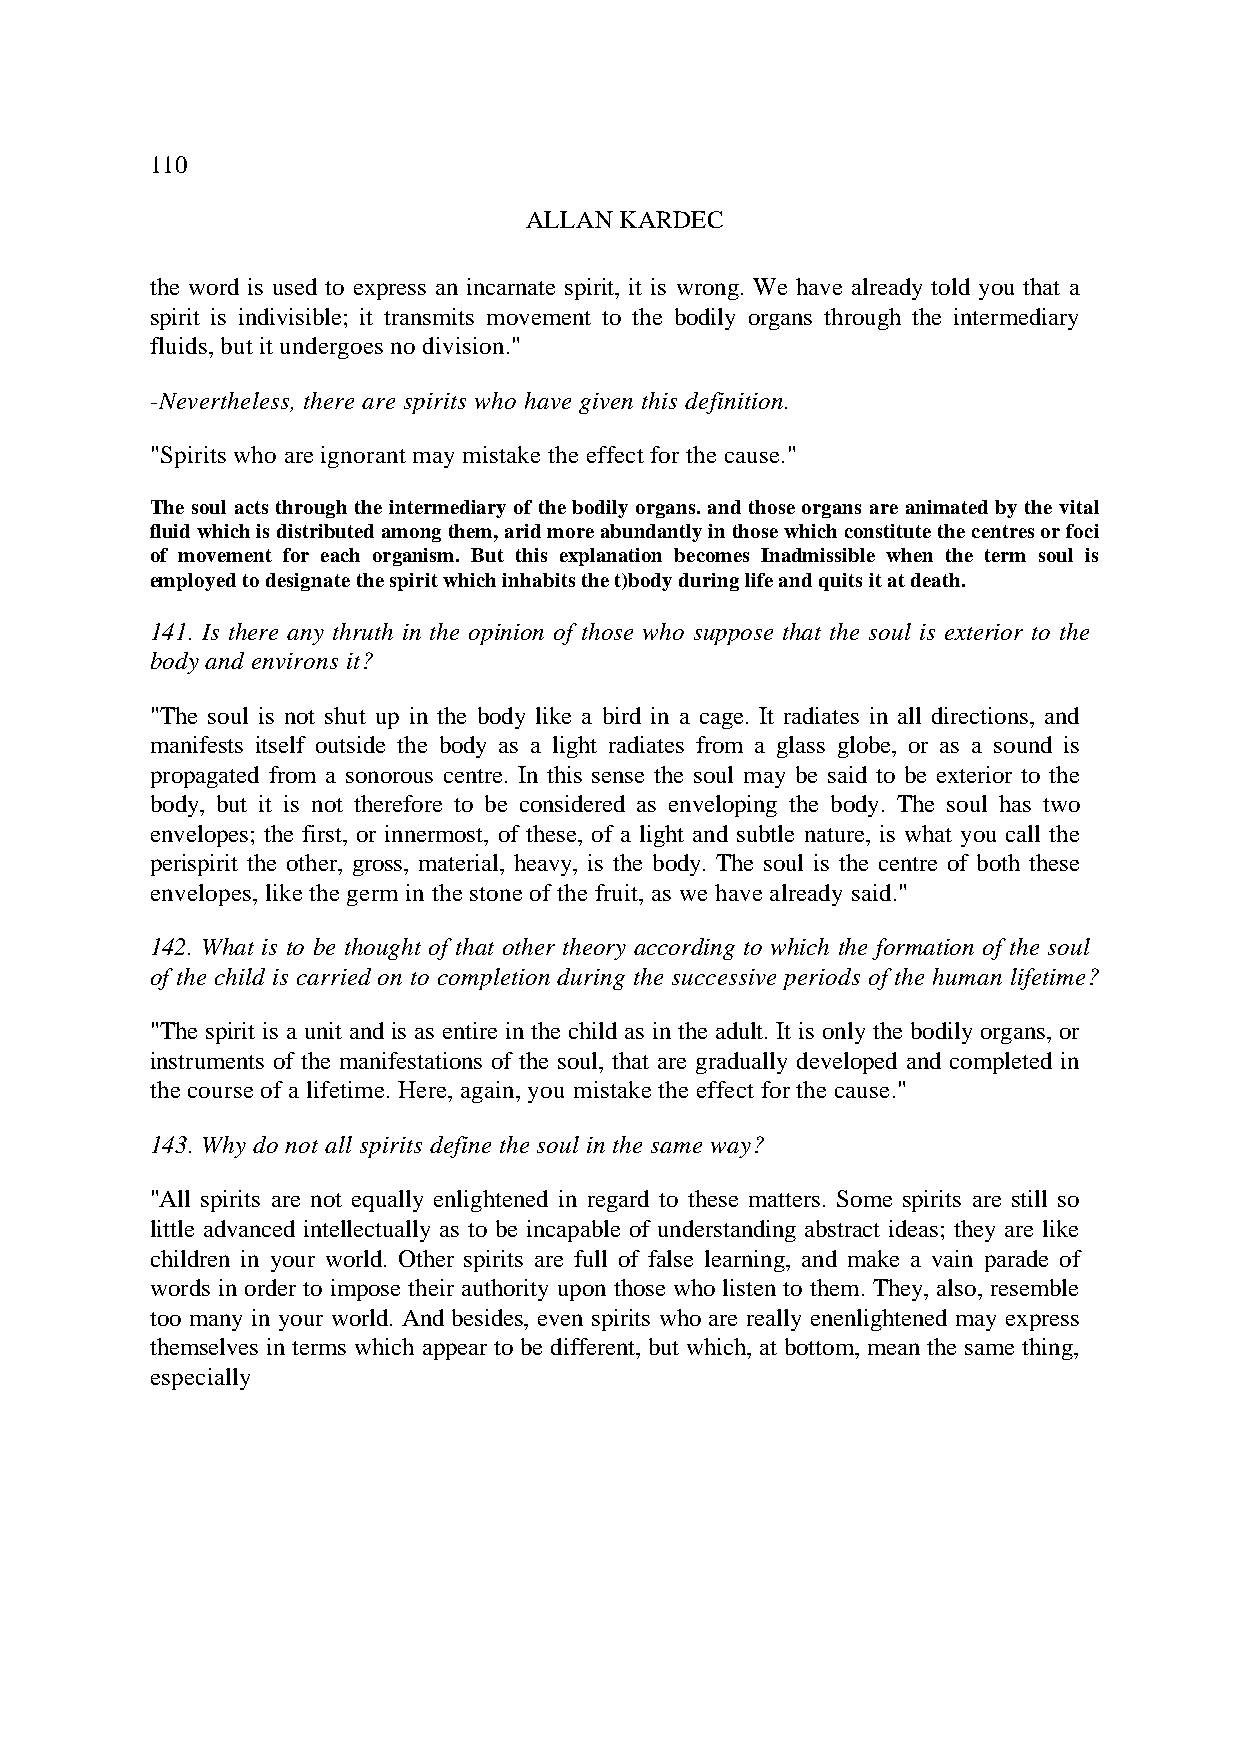
110
 ALLAN KARDEC
 the word is used to express an incarnate spirit, it is wrong. We have already told you that a
 spirit is indivisible; it transmits movement to the bodily organs through the intermediary
 fluids, but it undergoes no division."
 -Nevertheless, there are spirits who have given this definition.
 "Spirits who are ignorant may mistake the effect for the cause."
 The soul acts through the intermediary of the bodily organs. and those organs are animated by the vital
 fluid which is distributed among them, arid more abundantly in those which constitute the centres or foci
 of movement for each organism. But this explanation becomes Inadmissible when the term soul is
 employed to designate the spirit which inhabits the t)body during life and quits it at death.
 141. Is there any thruth in the opinion of those who suppose that the soul is exterior to the
 body and environs it?
 "The soul is not shut up in the body like a bird in a cage. It radiates in all directions, and
 manifests itself outside the body as a light radiates from a glass globe, or as a sound is
 propagated from a sonorous centre. In this sense the soul may be said to be exterior to the
 body, but it is not therefore to be considered as enveloping the body. The soul has two
 envelopes; the first, or innermost, of these, of a light and subtle nature, is what you call the
 perispirit the other, gross, material, heavy, is the body. The soul is the centre of both these
 envelopes, like the germ in the stone of the fruit, as we have already said."
 142. What is to be thought of that other theory according to which the formation of the soul
 of the child is carried on to completion during the successive periods of the human lifetime?
 "The spirit is a unit and is as entire in the child as in the adult. It is only the bodily organs, or
 instruments of the manifestations of the soul, that are gradually developed and completed in
 the course of a lifetime. Here, again, you mistake the effect for the cause."
 143. Why do not all spirits define the soul in the same way?
 "All spirits are not equally enlightened in regard to these matters. Some spirits are still so
 little advanced intellectually as to be incapable of understanding abstract ideas; they are like
 children in your world. Other spirits are full of false learning, and make a vain parade of
 words in order to impose their authority upon those who listen to them. They, also, resemble
 too many in your world. And besides, even spirits who are really enenlightened may express
 themselves in terms which appear to be different, but which, at bottom, mean the same thing,
 especially